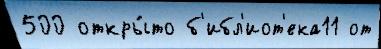
500 откры́то б'ибл'иот'ека11 от